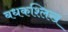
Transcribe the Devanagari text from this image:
बधकश्लिख